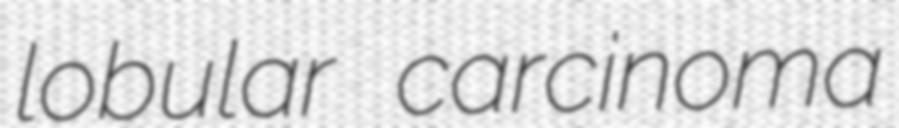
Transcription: lobular carcinoma